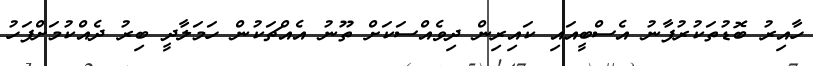
ހާއިރު ބޮޑުތަކުރުފާނު އެސްބީއައި ކައިރިން ދިވެއްސަކަށް ތޫނު އެއްޗަކުން ހަމަލާދީ ބިރު ދެއްކުމަށްފަހު